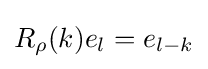
R_{\rho }(k)e_{l}=e_{l-k}